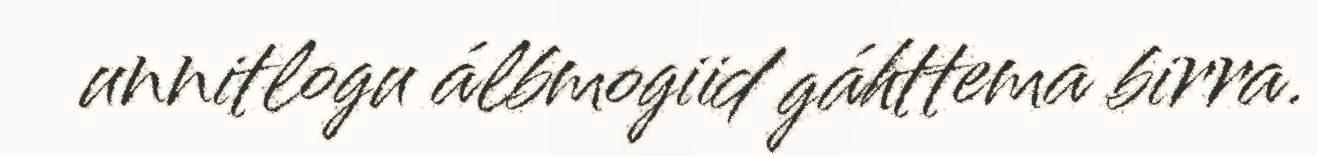
unnitlogu álbmogiid gáhttema birra.